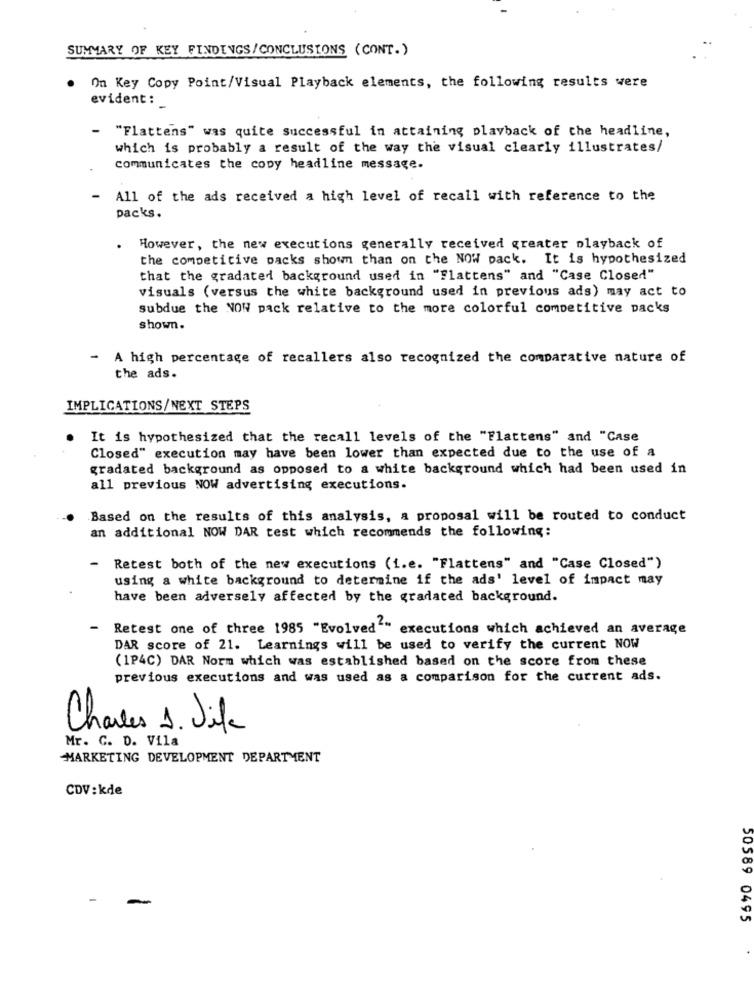
SUMMARY OF KEY FINDINGS/CONCLUSIONS (CONT.)
.
On Key Copy Point/Visual Playback elements, the following results were
evident : _
- "Flattens" was quite successful in attaining playback of the headline,
which is probably a result of the way the visual clearly illustrates/
communicates the copy headline message.
- All of the ads received a high level of recall with reference to the
packs.
.
However, the new executions generally received greater playback of
the competitive packs shown than on the NOW pack. It is hypothesized
that the gradated background used in "Flattens" and "Case Closed"
visuals (versus the white background used in previous ads) may act to
subdue the NOW pack relative to the more colorful competitive packs
shown.
A high percentage of recallers also recognized the comparative nature of
the ads.
IMPLICATIONS/NEXT STEPS
It is hypothesized that the recall levels of the "Flattens" and "Case
Closed" execution may have been lower than expected due to the use of a
gradated background as opposed to a white background which had been used in
all previous NOW advertising executions.
Based on the results of this analysis, a proposal will be routed to conduct
an additional NOW DAR test which recommends the following:
-
Retest both of the new executions (i.e. "Flattens" and "Case Closed")
using a white background to determine if the ads' level of impact may
have been adversely affected by the gradated background.
Retest one of three 1985 "Evolved"" executions which achieved an average
DAR score of 21. Learnings will be used to verify the current NOW
(1P4C) DAR Norm which was established based on the score from these
previous executions and was used as a comparison for the current ads.
Charles 1. Jika
Mr. C. D. Vila
MARKETING DEVELOPMENT DEPARTMENT
CDV: kde
50589 0495